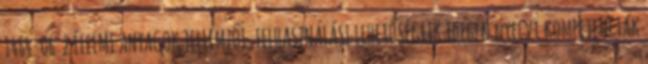
1464-06 2 ÉLELMI ANYAGOK JELLEMZŐI, FELHASZNÁLÁSI LEHETŐSÉGEIK Idegen nyelvi kompetenciák